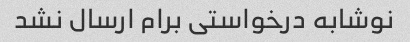
نوشابه درخواستی برام ارسال نشد